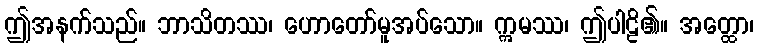
ဤအနက်သည်။ ဘာသိတဿ၊ ဟောတော်မူအပ်သော။ ဣမဿ၊ ဤပါဠိ၏။ အတ္ထော၊